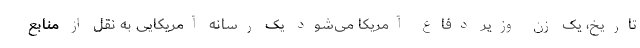
تاریخ، یک زن وزیر دفاع آمریکا می‌شود یک رسانه آمریکایی به نقل از منابع